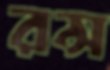
রন্স